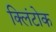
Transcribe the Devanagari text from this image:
क्लिंटोक